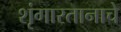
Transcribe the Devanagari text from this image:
शृंगारतानाचे